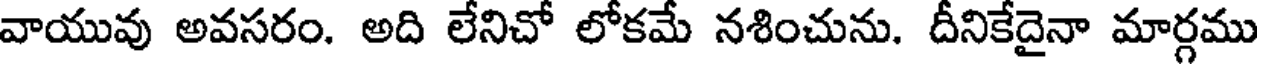
వాయువు అవసరం. అది లేనిచో లోకమే నశించును. దీనికేదైనా మార్గము